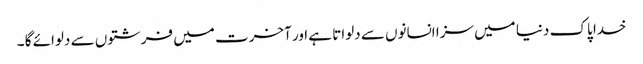
خدا پاک دنیا میں سزا انسانوں سے دلواتا ہے اور آخرت میں فرشتوں سے دلوائے گا ۔